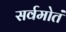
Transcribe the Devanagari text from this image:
सर्वमोतं